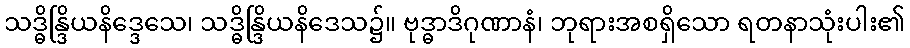
သဒ္ဓိန္ဒြိယနိဒ္ဒေသေ၊ သဒ္ဓိန္ဒြိယနိဒေသ၌။ ဗုဒ္ဓာဒိဂုဏာနံ၊ ဘုရားအစရှိသော ရတနာသုံးပါး၏